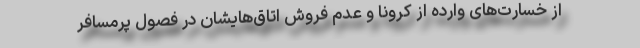
از خسارت‌های وارده از کرونا و عدم فروش اتاق‌هایشان در فصول پرمسافر